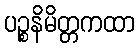
ပဉ္စနိမိတ္တကထာ